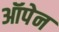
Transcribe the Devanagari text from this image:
ऑपेन